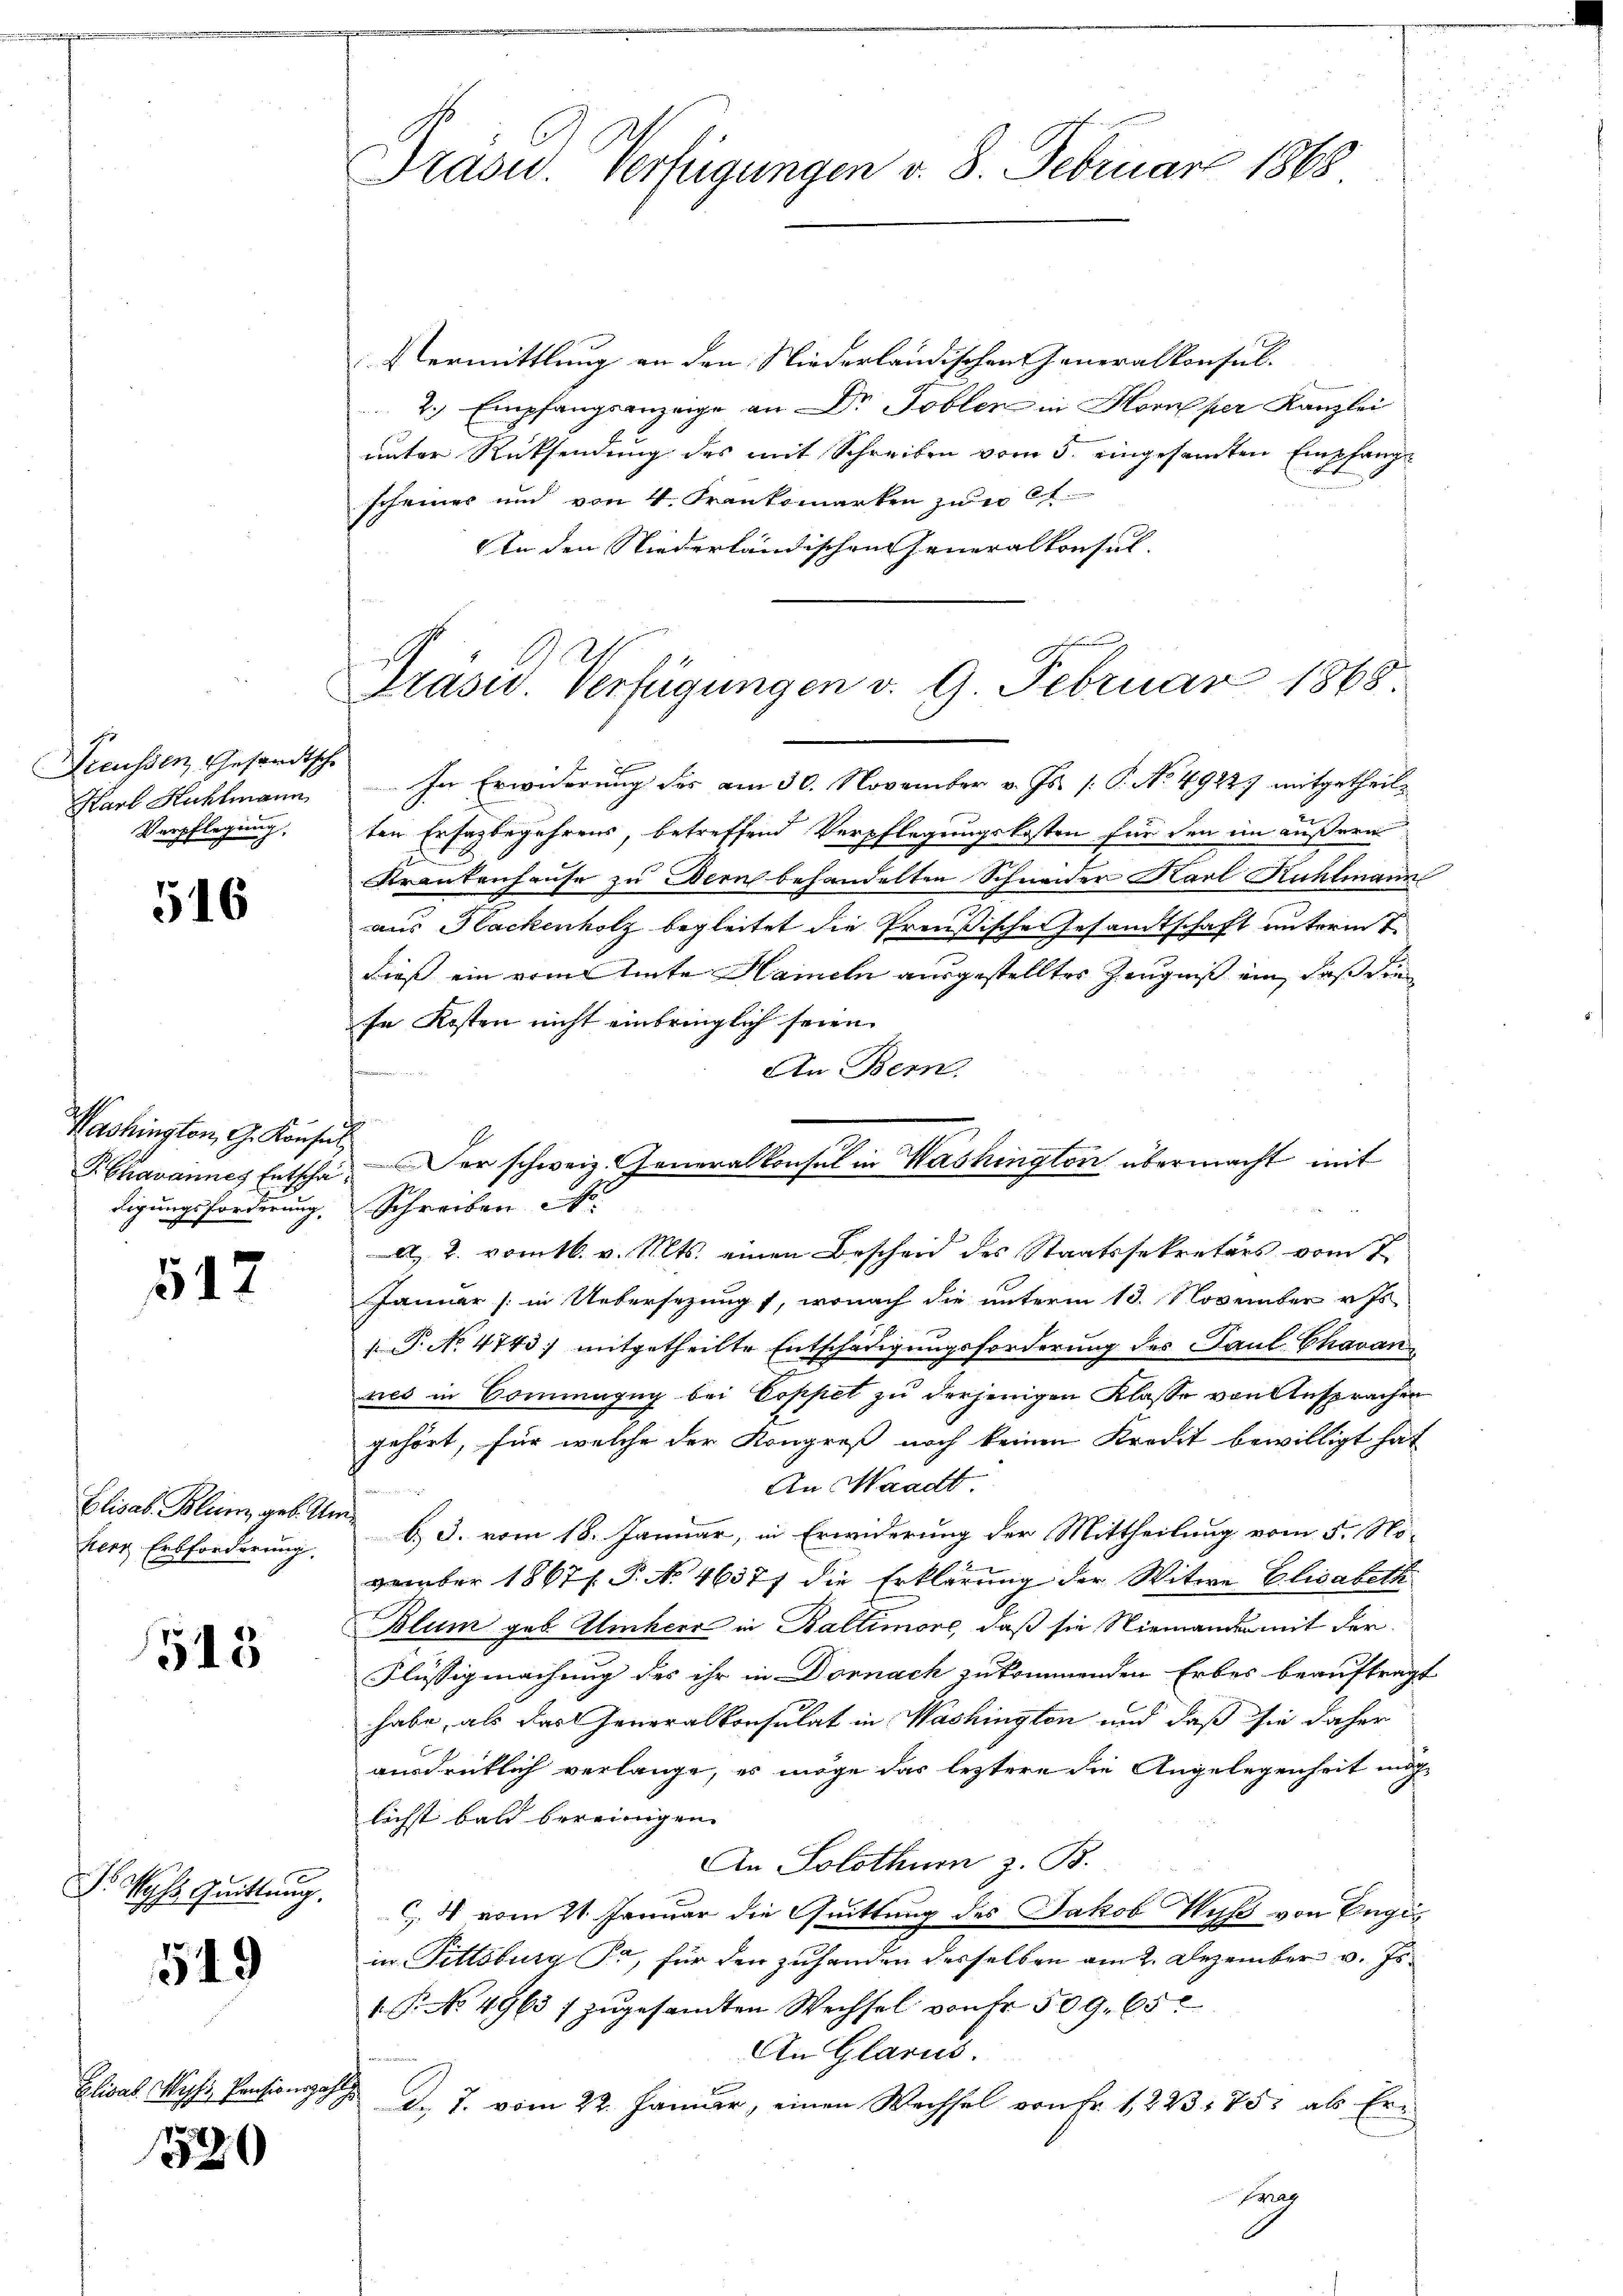
Freussen, Gesandtsche
Karb Hühlmann
Verpflegung,

516

Washington, G. Konsul
PChavannes Entschädigungsforderung.

512

Elisab. Blum, geb. Un
herr Erbforderung.

515

Vohs Quittung.

549

Elisab. Mephi, Pensionsoh

520

Präsid. Verfügungen v. 3. Februar 1865

Präses Verfügungen v. 9. Februar 1868.

Vermittlung an den Niederländischen Generalkonsul¬
2.) Empfangsanzeige an Dr. Tobler in Horne per Kanzlei
unter Rücksendung des mit Schreiben vom 5. eingesamten Empfangscheines und von 4. Frankomarken zur
An den Niederländischen Generalkonsul- |
e
In Erwiderung des am 30. November v. Js. [: P. No. 4922) mitgetheilten Erfagbegehrens, betreffend Verpflegungskosten für den im äußern
Krankenhause zu Bern behandelten Schneider Karl Kühlmann
aus Hackenholz begleitet die Preußische Gesandtschaft unterm 7.
dieß ein vom tute Hameln ausgestellter Zeugniß ein, daß die
se Kosten nicht einbringlich seien.
An Bern.
Schreiben d
 2. vomtb. v. Mts. einen Bescheid des Staatssekretärs vom 2
Januar (in Uebersezung, wonach die unterm 13. November v. Js
 T. No. 4743 mitgetheilte Entschädigungsforderung des Paul Chavan
nes in Commagug bei Coppel zu derjenigen Klasse von Ansprachen
gehört, für welche der Kongreß noch keinen Kredit bewilligt hat
An Waadt
b. J. vom 18. Januar, in Erwiderung der Mittheilung vom 5. No-
6
vember 1867 f. P. N. 46377 die Erklärung der Witwe Elisabeth
Blum geb. Umherr in Baltimore, daß sie Niemanden mit der
Flüssigmachung des ihr in Dornach zukommenden Erbes beauftrag
habe, als das Generalkonsulat in Washington und daß sie daher
ausdrücklich verlange, es möge das leztere die Angelegenheit und
lichst bald bereinigen.
An Solothur z. B.
C 4 vom 21. Januar die Quittung des Jakob Wyß von Engis
in Fittsburg Fr., für den zuhanden desselben am 2. Dezember v. Js.
.P. No. 4963 / zŭgesamten Wechsel von Fr. 509. 65
An Glarus.
d. J. vom 22. Januar, einen Wechsel von Fr. 1223. 752 als Erag

er schweiz. Generalkonsul in Washington übermacht mit